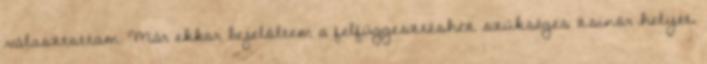
választottam. Már ekkor bejelöltem a felfüggesztéshez szükséges zsinór helyét,